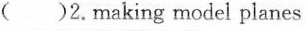
（）2. making model planes